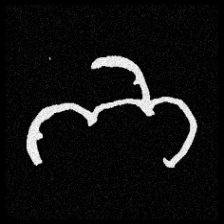
Pyu character \u2014 Myanmar letter: ဘ (romanized: bha)